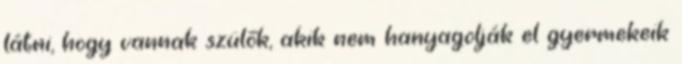
látni, hogy vannak szülők, akik nem hanyagolják el gyermekeik